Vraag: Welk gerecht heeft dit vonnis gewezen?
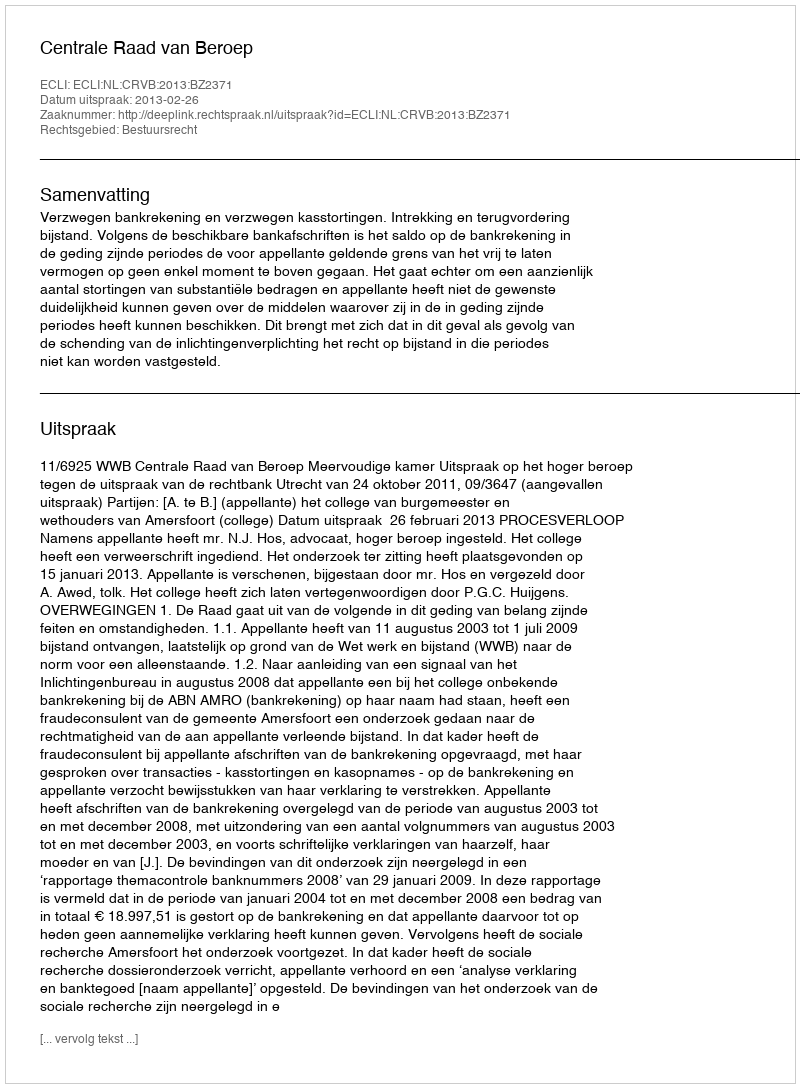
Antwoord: Centrale Raad van Beroep